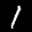
Label: 1